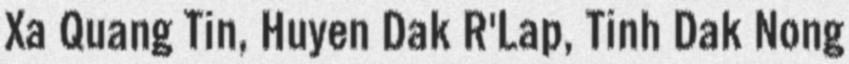
Xa Quang Tin, Huyen Dak R'Lap, Tinh Dak Nong